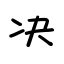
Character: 决